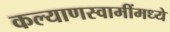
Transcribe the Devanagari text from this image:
कल्याणस्वामींमध्ये